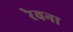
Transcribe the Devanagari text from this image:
रेवना